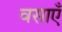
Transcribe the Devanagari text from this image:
वसाएँ